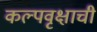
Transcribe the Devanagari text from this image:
कल्पवृक्षाची